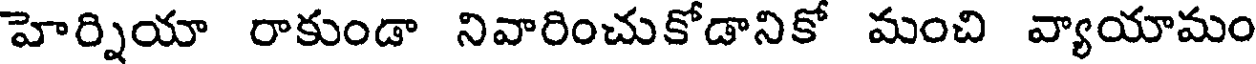
హెర్నియా రాకుండా నివారించుకోడానికో మంచి వ్యాయామం